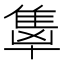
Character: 𬯭